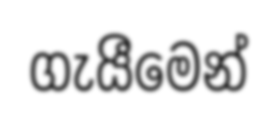
ගැයීමෙන්